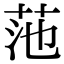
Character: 𫇻